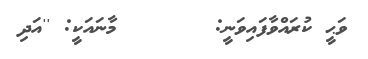
ވަޙީ ކުރައްވާފައިވަނީ:       މާނައަކީ: ''އަދި